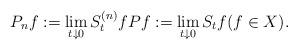
LaTeX: \begin{align*} P_n f := \lim_{t\downarrow 0} S^{(n)}_t f Pf := \lim_{t\downarrow 0} S_t f (f\in X).\end{align*}